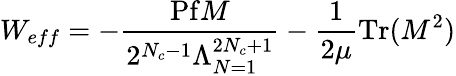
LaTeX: W_{eff}=-\frac{\mathrm{Pf}M}{2^{N_{c}-1}\Lambda_{N=1}^{2N_{c}+1}}-\frac{1}{2\mu}\mathrm{Tr}(M^{2})